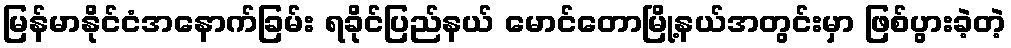
မြန်မာနိုင်ငံအနောက်ခြမ်း ရခိုင်ပြည်နယ် မောင်တောမြို့နယ်အတွင်းမှာ ဖြစ်ပွားခဲ့တဲ့